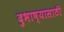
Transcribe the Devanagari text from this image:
दुभाष्यासाठी